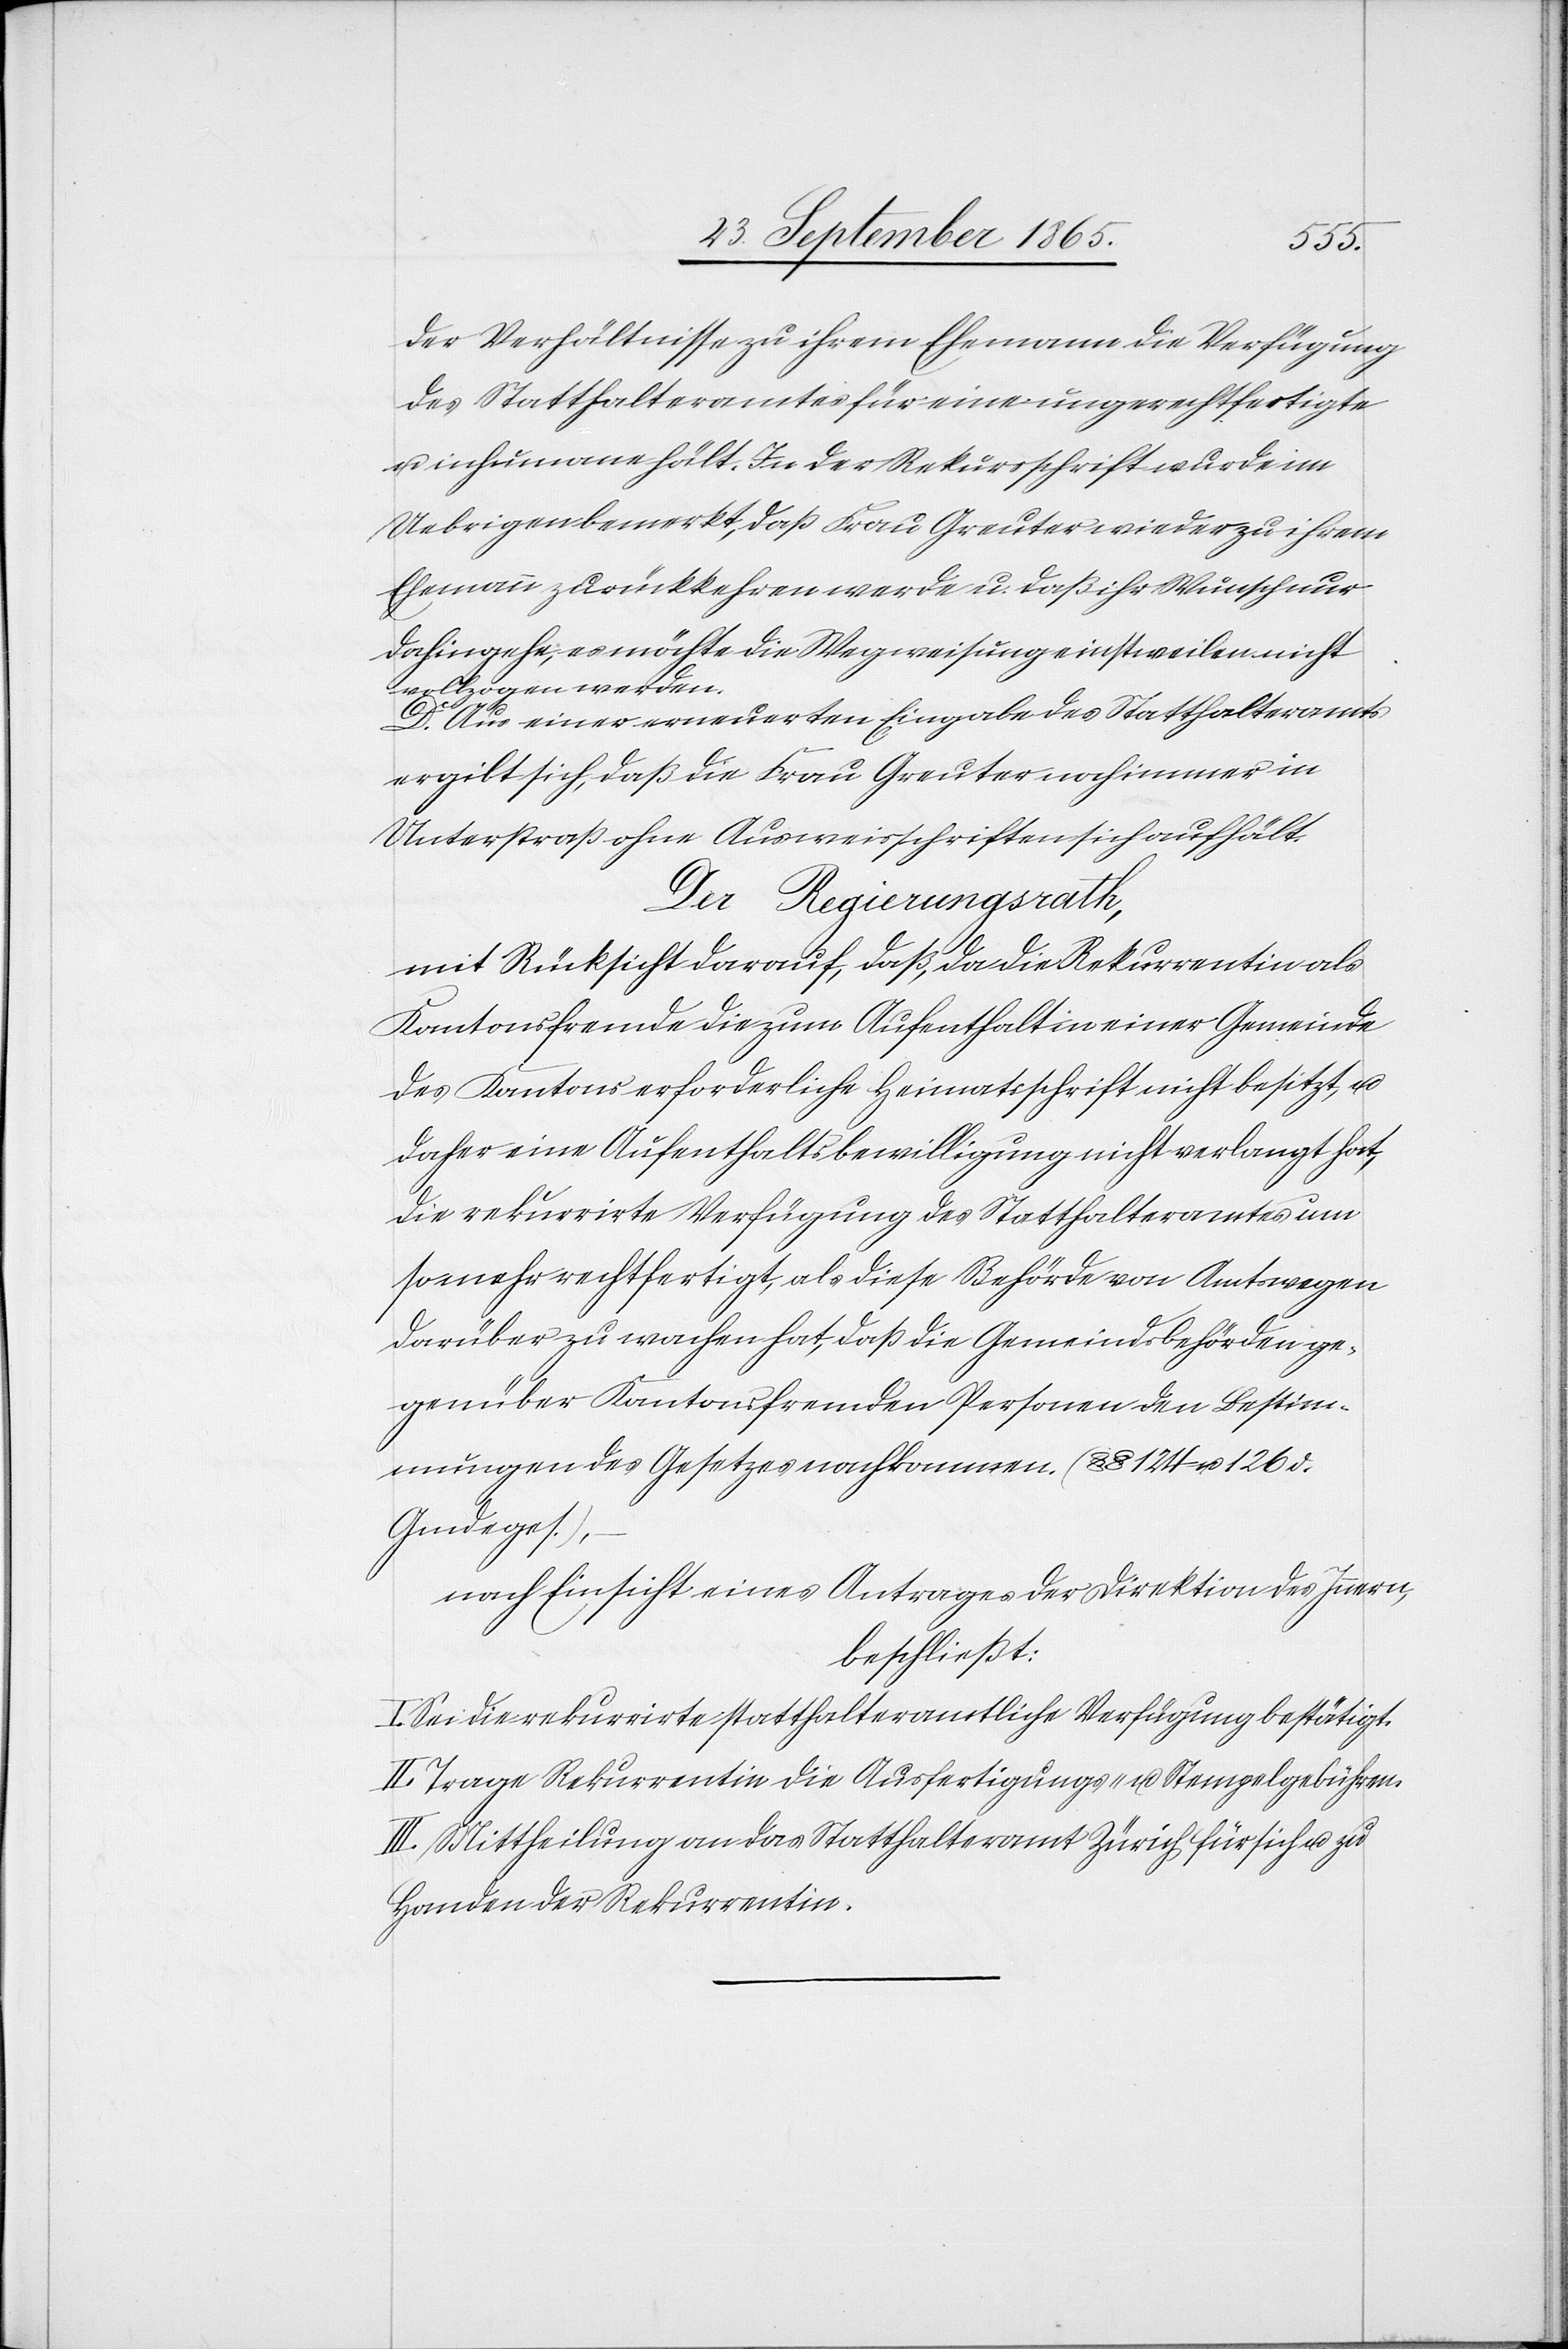
der Verhältnisse zu ihrem Ehemann die Verfügung
des Statthalteramtes für eine ungerechtfertigte
u. inhumane hält. In der Rekursschrift wurde im
Uebrigen bemerkt, daß Frau Greuter wieder zu ihrem
Ehemann zurückkehren werde u. daß ihr Wunsch nur
dahingehe, es möchte die Wegweisung einstweilen nicht
vollzogen werden.
I.
Aus einer erneuerten Eingabe des Statthalteramts
ergibt sich, daß die Frau Greuter noch immer in
Unterstraß ohne Ausweisschriften sich aufhält.
Der Regierungsrath,
mit Rücksicht darauf, daß, da die Rekurrentin als
Kantonsfremde die zum Aufenthalt in einer Gemeinde
des Kantons erforderliche Heimatsschriften nicht besitzt, u.
daher eine Aufenthaltsbewilligung nicht verlangt hat,
die rekurrirte Verfügung des Statthalteramtes um
so mehr rechtfertigt, als diese Behörde von Amtswegen
darüber zu wachen hat, daß die Gemeindsbehörden ge¬
genüber Kantonsfremden Personen den Bestim¬
mungen des Gesetzes nachkommen. (§ § 124 u. 126 d.
Gmdeges.),
nach Einsicht eines Antrages der Direktion des Innern,
beschließt:
Sei die rekurrirte statthalteramtliche Verfügung bestätigt.
II. Trage Rekurrentin die Ausfertigungs- u. Stempelgebühren.
III. Mittheilung an das Statthalteramt Zürich für sich u. zu
Handen der Rekurrentin.